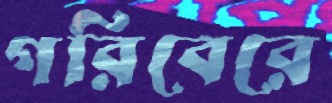
গরিবেরে